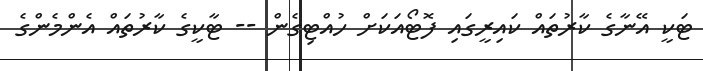
ޓަކީ އޭނާގެ ކާރުތައް ކައިރީގައި ފޮޓޯއަކަށް ހުއްޓިގެން -- ޓާކީގެ ކާރުތައް އެންމެންގެ